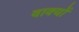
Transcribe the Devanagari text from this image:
वाक्‍यों